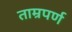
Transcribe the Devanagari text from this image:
ताम्रपर्ण